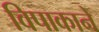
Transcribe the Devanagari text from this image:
विपाकाने